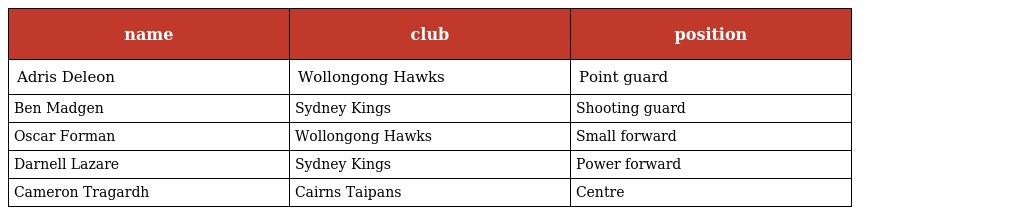
| name | club | position |
 | --- | --- | --- |
 | Adris Deleon | Wollongong Hawks | Point guard |
 | Ben Madgen | Sydney Kings | Shooting guard |
 | Oscar Forman | Wollongong Hawks | Small forward |
 | Darnell Lazare | Sydney Kings | Power forward |
 | Cameron Tragardh | Cairns Taipans | Centre |